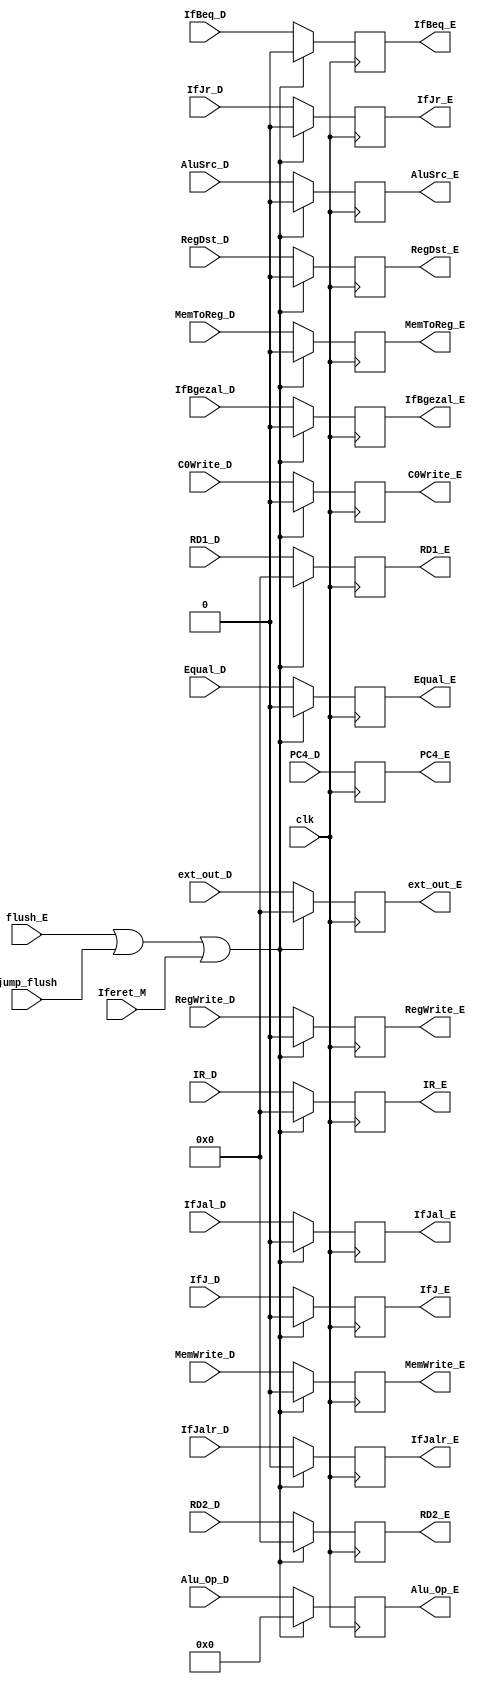
`timescale 1ns / 1ps
//////////////////////////////////////////////////////////////////////////////////
// Company: 
// Engineer: 
// 
// Design Name: 
// Module Name:    EREG 
// Project Name: 
// Target Devices: 
// Tool versions: 
// Description: 
//
// Dependencies: 
//
// Revision: 
// Revision 0.01 - File Created
// Additional Comments: 
//
//////////////////////////////////////////////////////////////////////////////////
module EREG(clk,flush_E,IR_D,PC4_D,ext_out_D,RD1_D,RD2_D,IR_E,PC4_E,ext_out_E,RD1_E,RD2_E,jump_flush,Iferet_M,
RegDst_D,AluSrc_D,MemToReg_D,RegWrite_D,MemWrite_D,IfBeq_D,IfJal_D,IfJr_D,Alu_Op_D,IfJ_D,Equal_D,IfBgezal_D,IfJalr_D,C0Write_D,
RegDst_E,AluSrc_E,MemToReg_E,RegWrite_E,MemWrite_E,IfBeq_E,IfJal_E,IfJr_E,Alu_Op_E,IfJ_E,Equal_E,IfBgezal_E,IfJalr_E,C0Write_E);
	input clk,flush_E,jump_flush,Iferet_M;
	input RegDst_D,AluSrc_D,MemToReg_D,RegWrite_D,MemWrite_D,IfBeq_D,IfJal_D,IfJr_D,IfJ_D,Equal_D,IfBgezal_D,IfJalr_D,C0Write_D;
	input [3:0] Alu_Op_D;
	output reg [3:0] Alu_Op_E;
	output reg RegDst_E,AluSrc_E,MemToReg_E,RegWrite_E,MemWrite_E,IfBeq_E,IfJal_E,IfJr_E,IfJ_E,Equal_E,IfBgezal_E,IfJalr_E,C0Write_E;
	input [31:0] IR_D,ext_out_D,RD1_D,RD2_D;
	input [31:0] PC4_D;
	output reg [31:0] IR_E,ext_out_E,RD1_E,RD2_E;
	output reg [31:0] PC4_E;
	initial
		begin
			IR_E=0;
			PC4_E=0;
			ext_out_E=0;
			RD1_E=0;
			RD2_E=0;
			RegDst_E=0;
			AluSrc_E=0;
			MemToReg_E=0;
			RegWrite_E=0;
			MemWrite_E=0;
			IfBeq_E=0;
			IfJal_E=0;
			IfJr_E=0;
			Alu_Op_E=0;
			IfJ_E=0;
			Equal_E=0;
			IfBgezal_E=0;
			IfJalr_E=0;
			C0Write_E=0;
		end
		
	always @(posedge clk)
		begin
		if(flush_E|jump_flush|Iferet_M)
			begin
			IR_E=0;
			//PC4_E=0;
			ext_out_E=0;
			RD1_E=0;
			RD2_E=0;
			RegDst_E=0;
			AluSrc_E=0;
			MemToReg_E=0;
			RegWrite_E=0;
			MemWrite_E=0;
			IfBeq_E=0;
			IfJal_E=0;
			IfJr_E=0;
			Alu_Op_E=0;
			IfJ_E=0;
			Equal_E=0;
			IfBgezal_E=0;
			IfJalr_E=0;
			C0Write_E=0;
			end
			
		else
			begin
			IR_E=IR_D;
			
			ext_out_E=ext_out_D;
			RD1_E=RD1_D;
			RD2_E=RD2_D;
			RegDst_E=RegDst_D;
			AluSrc_E=AluSrc_D;
			MemToReg_E=MemToReg_D;
			RegWrite_E=RegWrite_D;
			MemWrite_E=MemWrite_D;
			IfBeq_E=IfBeq_D;
			IfJal_E=IfJal_D;
			IfJr_E=IfJr_D;
			Alu_Op_E=Alu_Op_D;
			IfJ_E=IfJ_D;
			Equal_E=Equal_D;
			IfBgezal_E=IfBgezal_D;
			IfJalr_E=IfJalr_D;
			C0Write_E=C0Write_D;
			end
		PC4_E=PC4_D;
		end
endmodule